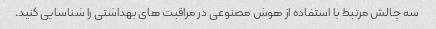
سه چالش مرتبط با استفاده از هوش مصنوعی در مراقبت های بهداشتی را شناسایی کنید.